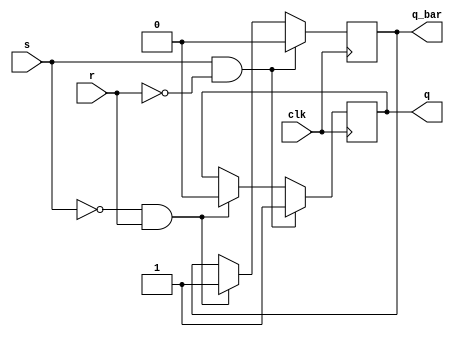
module basic_sr_flip_flop (
    input wire clk,
    input wire s,
    input wire r,
    output reg q,
    output reg q_bar
);

always @(posedge clk) begin
    if (s & !r) begin
        q <= 1;
        q_bar <= 0;
    end else if (!s & r) begin
        q <= 0;
        q_bar <= 1;
    end else begin
        q <= q;
        q_bar <= q_bar;
    end
end

endmodule